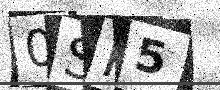
Text: 0SR5